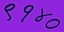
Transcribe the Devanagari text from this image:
९१४०